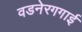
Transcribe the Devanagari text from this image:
वडनेरगगाई